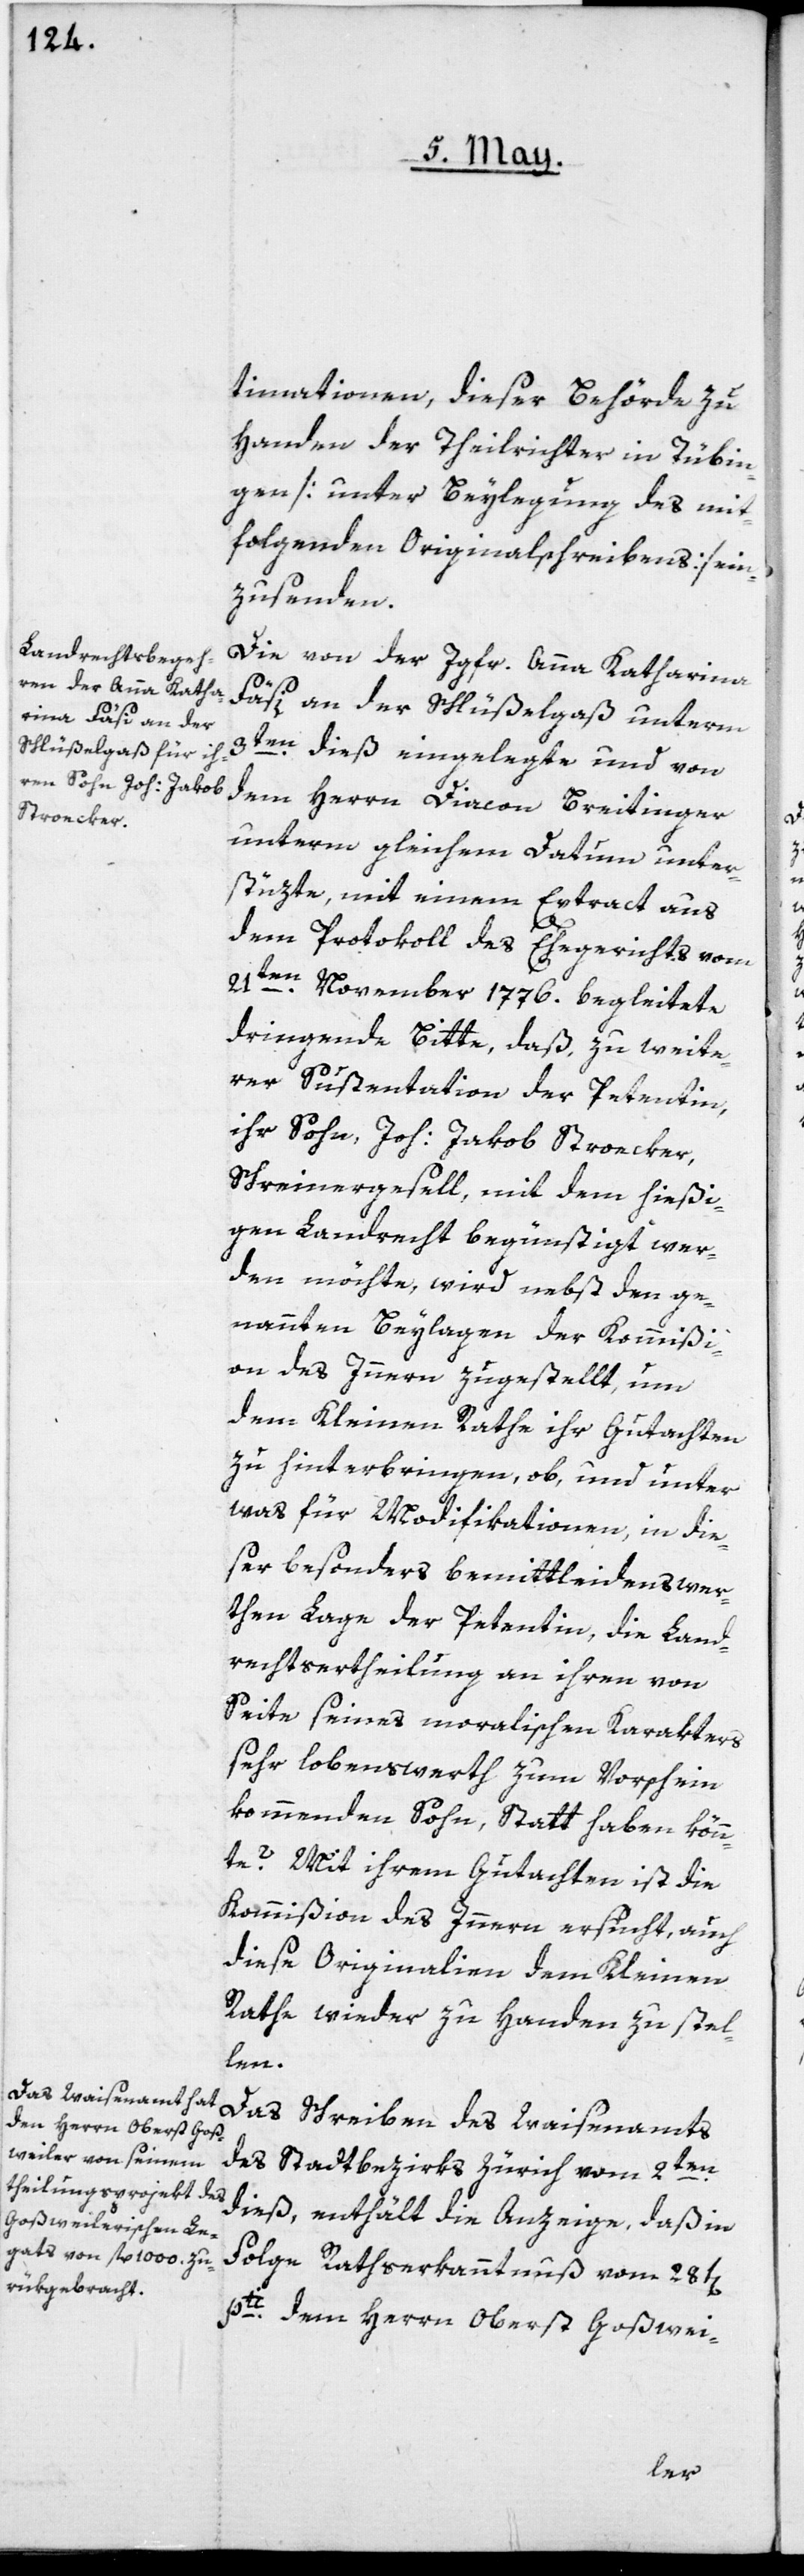
timationen, dieser Behörde zu
Handen der Theilrichter in Tübin¬
gen [unter Beylegung des mit¬
folgenden Originalschreibens] ein¬
zusenden.
Die von der Jgfr. Anna Katharina
Fäsi an der Schlüßelgaß unterm
3ten dieß eingelegte und von
dem Herrn Diacon Breitinger
unterm gleichen Datum unter¬
stüzte, mit einem Extract aus
dem Protokoll des Ehegerichts vom
21ten November 1776. begleitete
dringende Bitte, daß zu weite¬
rer Sustentation der Petentin,
ihr Sohn, Joh: Jakob Stroecker,
Schreinergesell, mit dem hießi¬
gen Landrecht begünstigt wer¬
den möchte, wird nebst den ge¬
nannten Beylagen der Kommißi¬
on des Innern zugestellt, um
dem Kleinen Rathe ihr Gutachten
zu hinterbringen, ob, und unter
was für Modifikationen, in die¬
ser besonders bemittleidenswer¬
then Lage der Petentin, die Land¬
rechtsertheilung an ihren von
Seite seines moralischen Karakters
sehr lobenswerth zum Vorschein
kommenden Sohn, Statt haben könn¬
te? Mit ihrem Gutachten ist die
Kommißion des Innern ersucht, auch
diese Originalien dem Kleinen
Rathe wieder zu Handen zu stel¬
len.
Das Schreiben des Waisenamts
des Stadtbezirks Zürich vom 2ten
dieß, enthält die Anzeige, daß in
Folge Rathserkanntnuß vom 28t[en]
pti dem Herrn Oberst Goßwei-